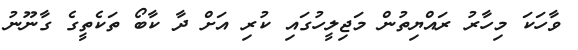
ވާހަކަ މިހާރު ރައްޔިތުން މަޖިލީހުގައި ކުރި އަށް ދާ ކާބޯ ތަކެތީގެ ގާނޫނު